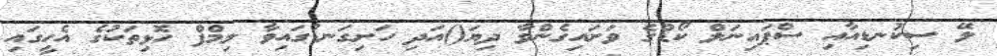
ލޭ ސިކުނޑިއާއި ސްޕައިނަލް ކޯޑްގެ ވަށައިގެންވާ ދިޔަ()އަދި ހަށިގަނޑުގައިވާ ލިމްފް ހޮޅިތަކުގެ އެހީގައި